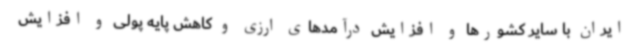
ایران با سایر کشورها و افزایش درآمدهای ارزی و کاهش پایه پولی و افزایش